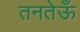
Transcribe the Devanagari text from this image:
तनतेऊँ